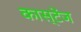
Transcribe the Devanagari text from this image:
कास्टेंज